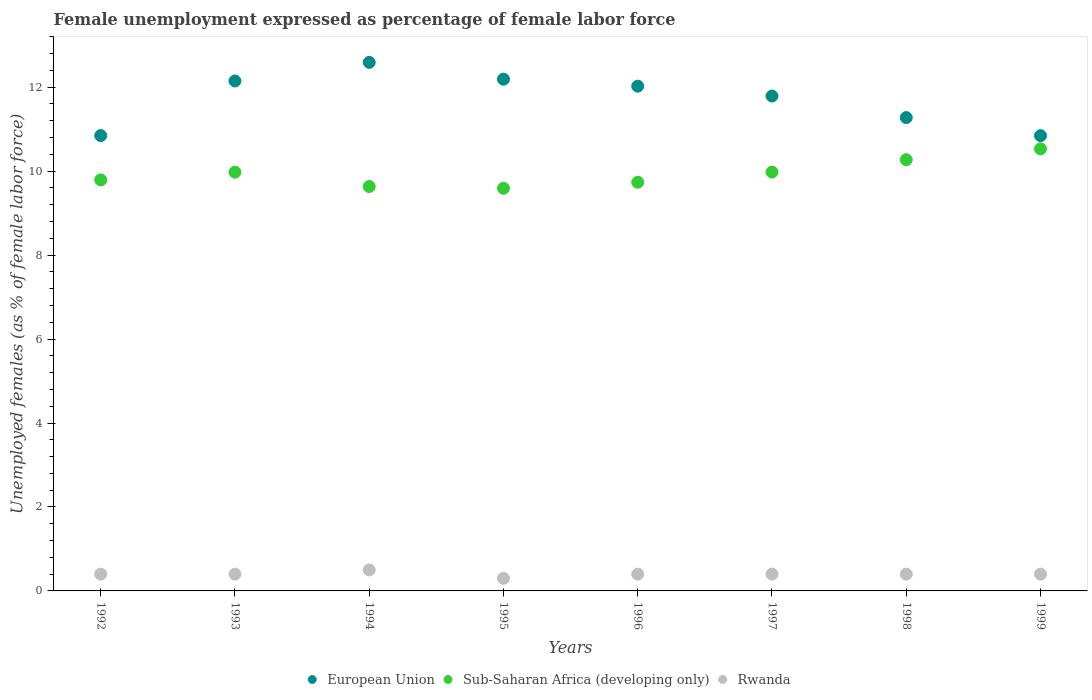
| Years | European Union | Sub-Saharan Africa (developing only) | Rwanda |
 | --- | --- | --- | --- |
 | 1992 | 10.8 | 9.79 | 0.4 |
 | 1993 | 12.1 | 9.98 | 0.4 |
 | 1994 | 12.6 | 9.63 | 0.5 |
 | 1995 | 12.2 | 9.59 | 0.3 |
 | 1996 | 12 | 9.74 | 0.4 |
 | 1997 | 11.8 | 9.98 | 0.4 |
 | 1998 | 11.3 | 10.3 | 0.4 |
 | 1999 | 10.8 | 10.5 | 0.4 |